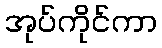
အုပ်ကိုင်ကာ